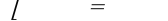
٩٤